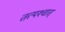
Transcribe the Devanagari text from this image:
तत्पश्‍चात्